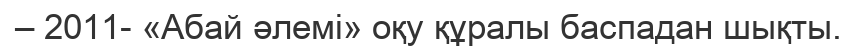
– 2011- «Абай әлемі» оқу құралы баспадан шықты.